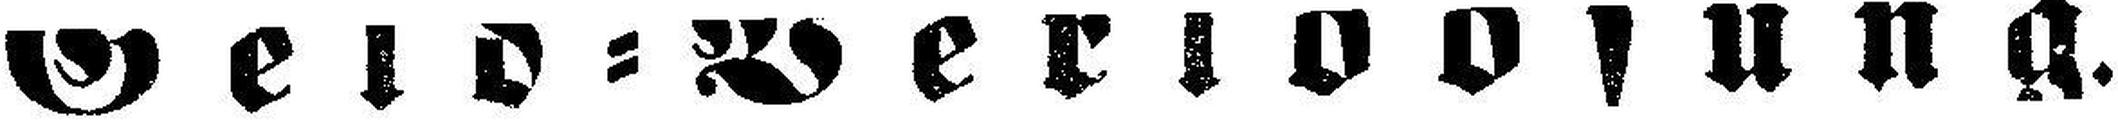
Geld=Verloosung.